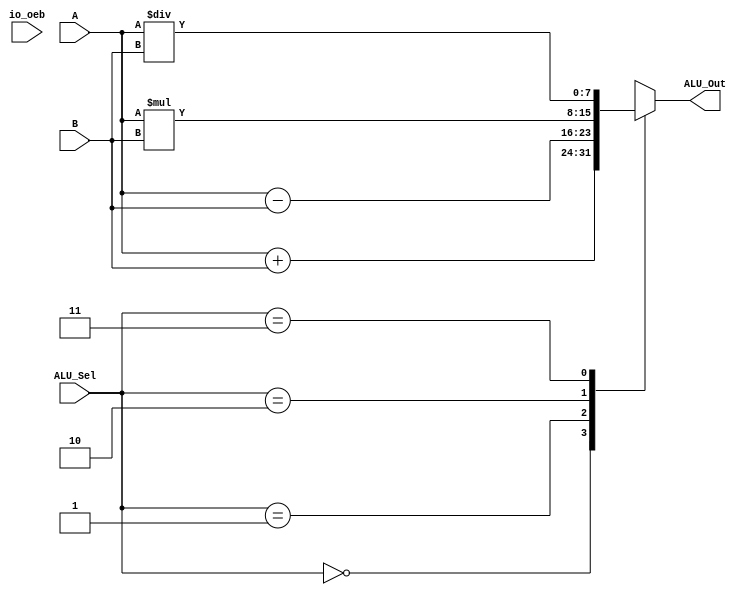
module alu(
    input [7:0] A, B,       // ALU 8-bit Inputs                 
    input [1:0] ALU_Sel,    // ALU Selection
    output reg [7:0] ALU_Out, // ALU 8-bit Output
    input [27:0] io_oeb
);

assign io_oeb = 27'b0000_0000_1111_1111_1111_1111_111; // input = 1 output = 0 

    always @(*)
    begin
        case(ALU_Sel)
            2'b00: // Addition
                ALU_Out = A + B;
            2'b01: // Subtraction
                ALU_Out = A - B;
            2'b10: // Multiplication
                ALU_Out = A * B;
            2'b11: // Division
                ALU_Out = A / B;
            default: ALU_Out = A + B;
        endcase
    end
endmodule